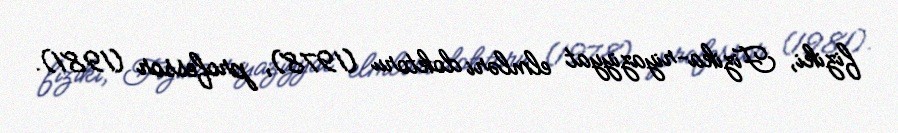
fiziki, Fizika-riyaziyyat elmləri doktoru (1978), professor (1981).